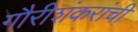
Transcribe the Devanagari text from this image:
गौरीशंकरांची